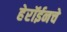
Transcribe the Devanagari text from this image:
हेरॉईनचे